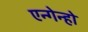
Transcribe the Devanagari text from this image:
एन्गेन्हो